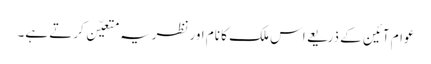
عوام آئین کے ذریعے اس ملک کا نام اورنظریہ متعیّن کرتے ہے۔